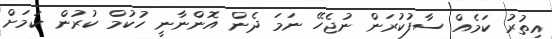
އިތުރު ކަމެއް ސާފުކުރަން ނުޖެހޭ ނަމަ ދެން އޮންނާނީ ހުކުމް ކުރުން ކަމަށް